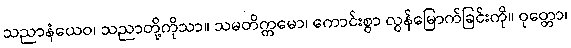
သညာနံယေဝ၊ သညာတို့ကိုသာ။ သမတိက္ကမော၊ ကောင်းစွာ လွန်မြောက်ခြင်းကို။ ဝုတ္တော၊